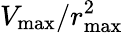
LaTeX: V_{\operatorname*{max}}/r_{\operatorname*{max}}^{2}